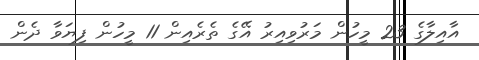
އާއިލާގެ 23 މީހުން މަރުވިއިރު އޭގެ ތެރެއިން 11 މީހުން ފިޔަވާ ދެން